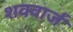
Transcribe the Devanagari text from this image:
शक्वार्ज